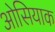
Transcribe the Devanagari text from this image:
ओसियाक